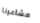
مشاعرنا